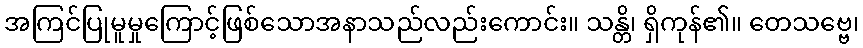
အကြင်ပြုမူမှုကြောင့်ဖြစ်သောအနာသည်လည်းကောင်း။ သန္တိ၊ ရှိကုန်၏။ တေသဗ္ဗေ၊